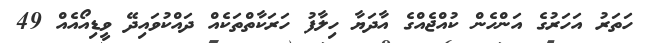
ހަތަރު އަހަރުގެ އަންހެން ކުއްޖެއްގެ އާދަޔާ ހިލާފު ހަރަކާތްތަކެއް ދައްކުވައިދޭ ވީޑިއޯއެއް 49